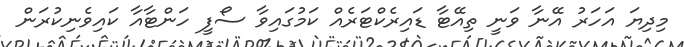
މިދިޔަ އަހަރު އޭނާ ވަނީ ތިއޭޓާ ޑައިރެކްޓަރެއް ކަމުގައިވާ ސޯފީ ހަންޓާއާ ކައިވެނިކުރަން